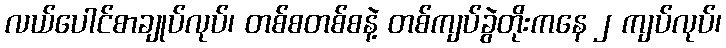
လယ်ပေါင်စာချုပ်လုပ်၊ တစ်စတစ်စနဲ့ တစ်ကျပ်ခွဲတိုးကနေ ၂ ကျပ်လုပ်၊